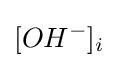
[OH^{-}]_{i^{}}